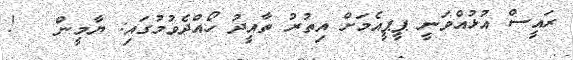
ރައީސް އުޅުއްވަނީ ޕީޕީއެމަށް އިތުރު ތާއީދު ހޯއްދެވުމުގައި: ޔާމީން   !